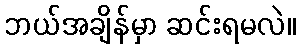
ဘယ်အချိန်မှာ ဆင်းရမလဲ။